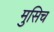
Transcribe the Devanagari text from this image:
मुसिच